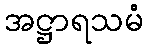
အဋ္ဌာရသမံ